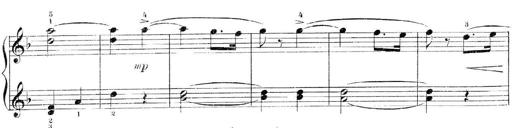
Title: 3 Piano Sonatinas
Composer: Paul Zilcher
Key: C major; G major; F major